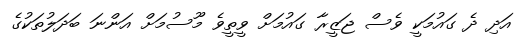
އަދި ދެ ގައުމަކީ ވެސް ޖަޒީރާ ގައުމަށް ވީތީވެ މޫސުމަށް އަންނަ ބަދަލުތަކުގެ